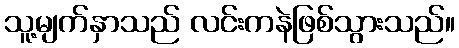
သူ့မျက်နှာသည် လင်းကနဲဖြစ်သွားသည်။